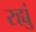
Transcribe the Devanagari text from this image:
रह्युं